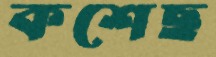
কশেছ